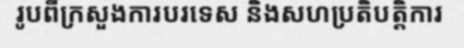
រូបពីក្រសួងការបរទេស និងសហប្រតិបត្តិការ